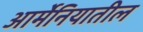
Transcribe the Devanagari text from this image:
आर्मेनियातील